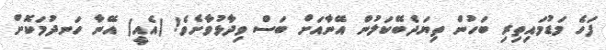
ފަހެ މަޑުމައިތިރި ބަހުން ތިޔަދެބޭކަލުން އޭނާއަށް ބަސް ވިދާޅުވާށެވެ! (އެއީ) އޭނާ ހަނދުމަކޮށް